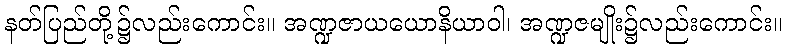
နတ်ပြည်တို့၌လည်းကောင်း။ အဏ္ဍဇာယယောနိယာဝါ၊ အဏ္ဍဇမျိုး၌လည်းကောင်း။